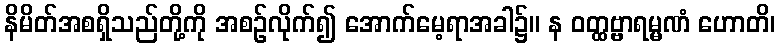
နိမိတ်အစရှိသည်တို့ကို အစဉ်လိုက်၍ အောက်မေ့ရာအခါ၌။ န ဝတ္ထဗ္ဗာရမ္မဏံ ဟောတိ၊